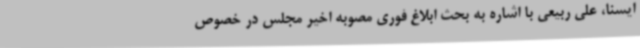
ایسنا، علی ربیعی با اشاره به بحث ابلاغ فوری مصوبه اخیر مجلس در خصوص